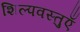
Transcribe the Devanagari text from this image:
शिल्पवस्तुएँ